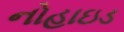
નોહાઇડ